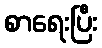
စာရေးပြီး